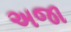
અજા